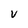
Character: V